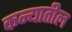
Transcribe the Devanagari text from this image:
कन्यातील